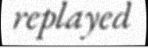
replayed